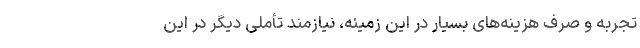
تجربه و صرف هزینه‌های بسیار در این زمینه، نیازمند تأملی دیگر در این